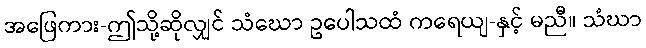
အဖြေကား-ဤသို့ဆိုလျှင် သံဃော ဥပေါသထံ ကရေယျ-နှင့် မညီ။ သံဃာ